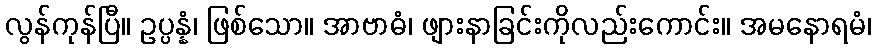
လွန်ကုန်ပြီ။ ဥပ္ပန္နံ၊ ဖြစ်သော။ အာဗာဓံ၊ ဖျားနာခြင်းကိုလည်းကောင်း။ အမနောရမံ၊